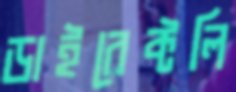
ডাইরেক্টলি